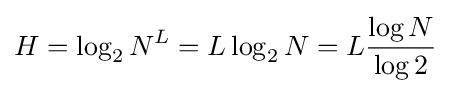
H=\log _{2}N^{L}=L\log _{2}N=L{\log N \over \log 2}